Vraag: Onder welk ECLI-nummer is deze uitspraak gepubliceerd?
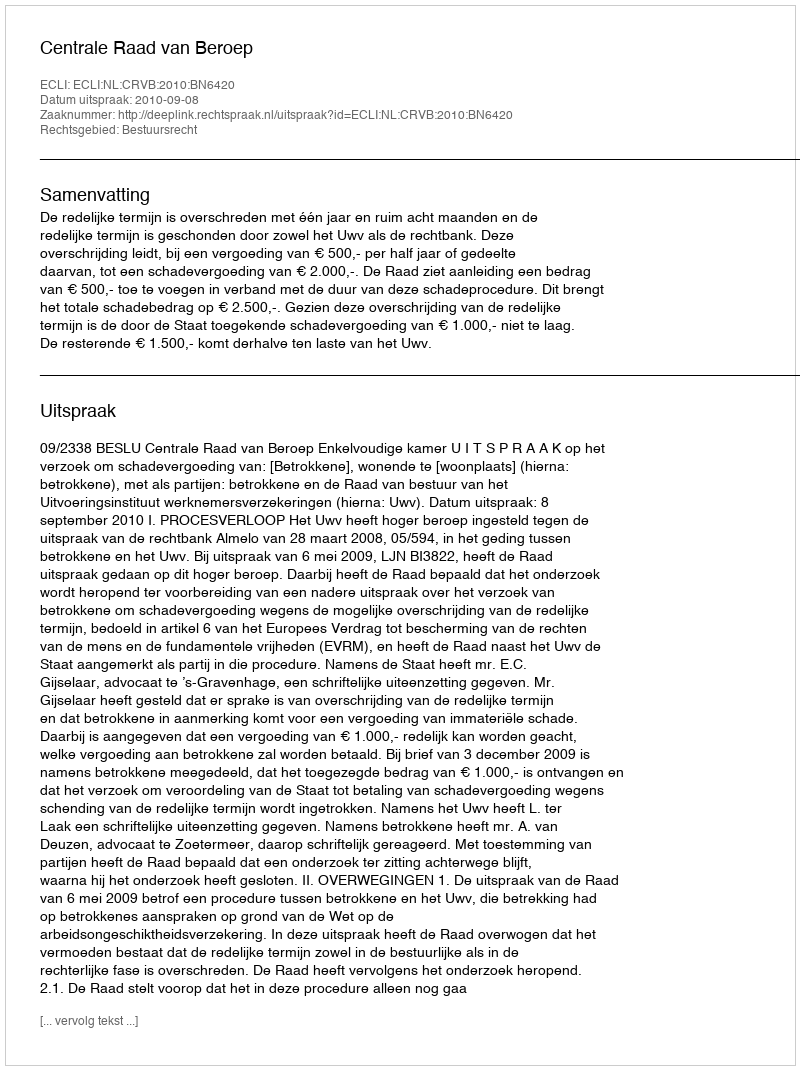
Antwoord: ECLI:NL:CRVB:2010:BN6420